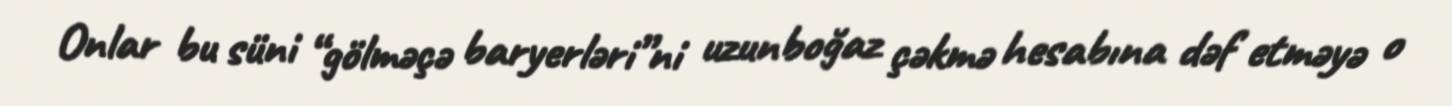
Onlar bu süni “gölməçə baryerləri”ni uzunboğaz çəkmə hesabına dəf etməyə o